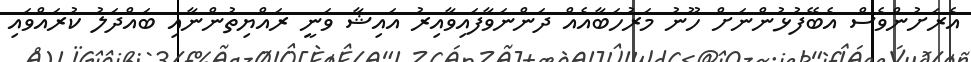
އެރަށުންވެސް އެބޭފުޅުންނަށް ހޫނު މަރުހަބާއެއް ދަންނަވާފައިވާއިރު އައިޝާ ވަނީ ރައްޔިތުންނާއި ބައްދަލު ކުރައްވައި